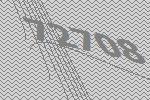
72708